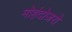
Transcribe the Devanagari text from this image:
मोहंदोजरो